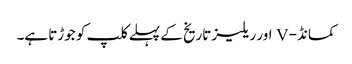
کمانڈ- V اور ریلیز تاریخ کے پہلے کلپ کو جوڑتا ہے۔